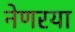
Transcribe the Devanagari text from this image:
नेणरया